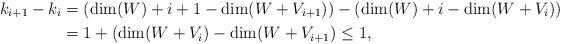
LaTeX: \begin{align*}k_{i+1}-k_i&=(\dim(W)+i+1-\dim(W+V_{i+1}))-(\dim(W)+i-\dim(W+V_i)) \\&=1+(\dim(W+V_i)-\dim(W+V_{i+1})\leq 1,\end{align*}